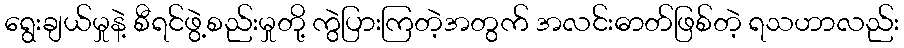
ရွေးချယ်မှုနဲ့ စီရင်ဖွဲ့စည်းမှုတို့ ကွဲပြားကြတဲ့အတွက် အလင်းဓာတ်ဖြစ်တဲ့ ရသဟာလည်း